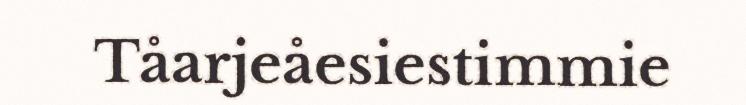
Tåarjeåesiestimmie